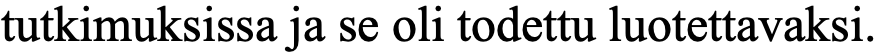
tutkimuksissa ja se oli todettu luotettavaksi.